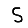
Digit: 5